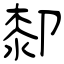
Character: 厀